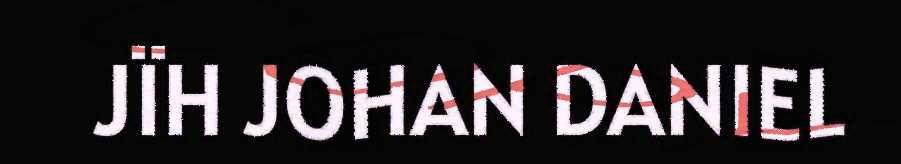
JÏH JOHAN DANIEL